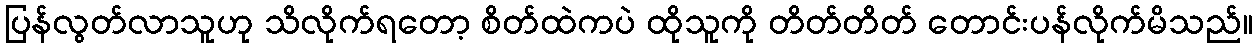
ပြန်လွတ်လာသူဟု သိလိုက်ရတော့ စိတ်ထဲကပဲ ထိုသူကို တိတ်တိတ် တောင်းပန်လိုက်မိသည်။